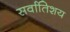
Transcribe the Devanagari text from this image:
सर्वातिशय